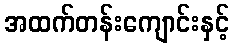
အထက်တန်းကျောင်းနှင့်